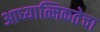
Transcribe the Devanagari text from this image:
आध्यात्मिकतेचा